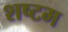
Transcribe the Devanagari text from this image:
शष्टम